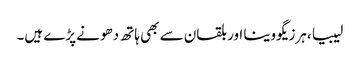
لیبیا، ہرزیگووینا اور بلقان سے بھی ہاتھ دھونے پڑے ہیں۔